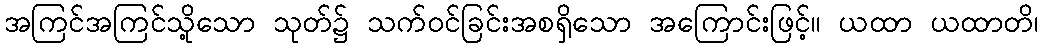
အကြင်အကြင်သို့သော သုတ်၌ သက်ဝင်ခြင်းအစရှိသော အကြောင်းဖြင့်။ ယထာ ယထာတိ၊